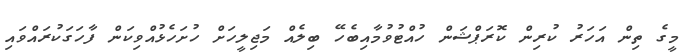
މީގެ ތިން އަހަރު ކުރިން ކޮރަޕްޝަން ހުއްޓުވުމާއިބެހޭ ބިލެއް މަޖިލީހަށް ހުށަހެޅުއްވިކަން ފާހަގަކުރައްވައި